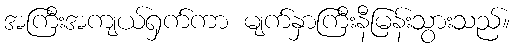
အကြီးအကျယ်ရှက်ကာ မျက်နှာကြီးနီမြန်းသွားသည်။